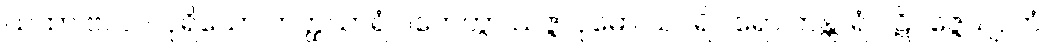
ယထာ ဗလဝါ ပုရိသော ဟတ္ထသာရံ ဂဟေတွာ သဇ္ဇာဝုဓော သပရိဝါရော ကန္တာရံ ပဋိပဇ္ဇေယျ, တံ